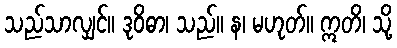
သည်သာလျှင်။ ဒုဝိဓာ၊ သည်။ န၊ မဟုတ်။ ဣတိ၊ သို့